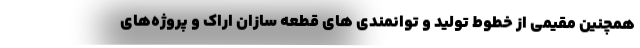
همچنین مقیمی از خطوط تولید و توانمندی های قطعه سازان اراک و پروژه‌های